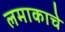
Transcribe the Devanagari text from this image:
लमाकाचे